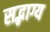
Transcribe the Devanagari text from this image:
सद्भाग्य